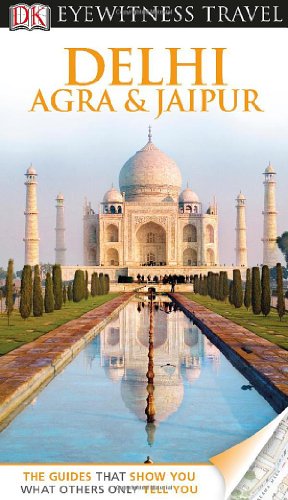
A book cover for DK Eyewitness Travel Guide: Delhi, Agra and Jaipur; DK PUBLISHING; Travel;